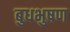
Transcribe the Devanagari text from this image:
बुधभुषण